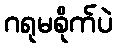
ဂရုမစိုက်ပဲ